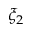
\xi _ { 2 }